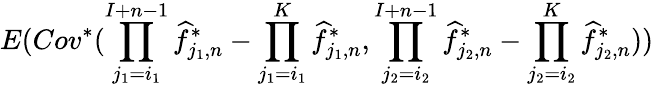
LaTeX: E(Cov^{*}(\prod_{j_{1}=i_{1}}^{I+n-1}\widehat f_{j_{1},n}^{*}-\prod_{j_{1}=i_{1}}^{K}\widehat f_{j_{1},n}^{*},\prod_{j_{2}=i_{2}}^{I+n-1}\widehat f_{j_{2},n}^{*}-\prod_{j_{2}=i_{2}}^{K}\widehat f_{j_{2},n}^{*}))